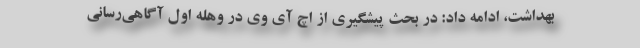
بهداشت، ادامه داد: در بحث پیشگیری از اچ آی وی در وهله اول آگاهی‌رسانی